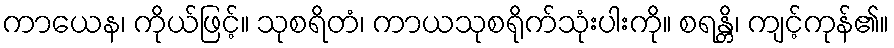
ကာယေန၊ ကိုယ်ဖြင့်။ သုစရိတံ၊ ကာယသုစရိုက်သုံးပါးကို။ စရန္တိ၊ ကျင့်ကုန်၏။